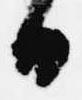
日